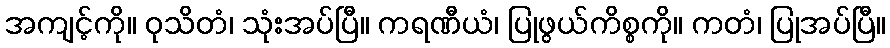
အကျင့်ကို။ ဝုသိတံ၊ သုံးအပ်ပြီ။ ကရဏီယံ၊ ပြုဖွယ်ကိစ္စကို။ ကတံ၊ ပြုအပ်ပြီ။